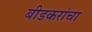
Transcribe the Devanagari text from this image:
बीडकरांचा